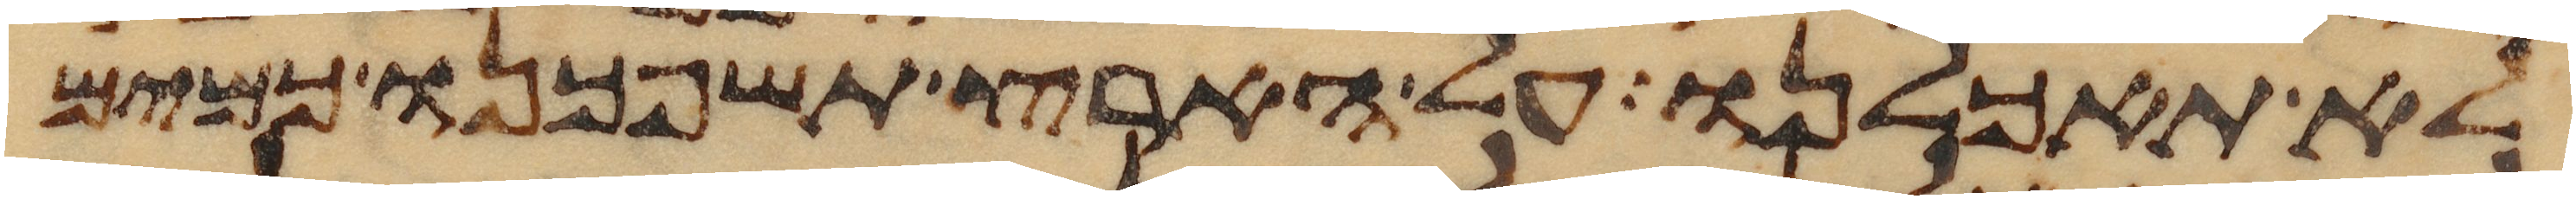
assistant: לא תאכלנו על הארץ תשפכנו כמים